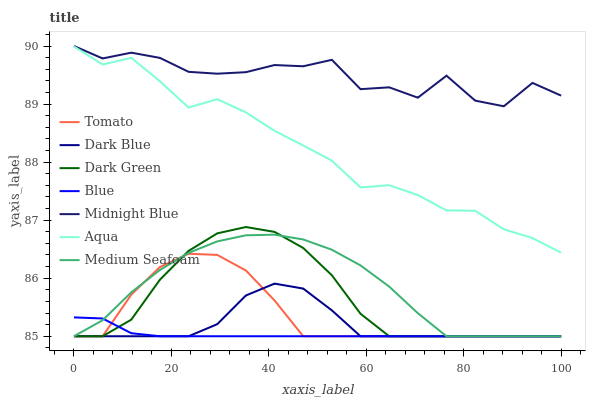
| xaxis_label | Tomato | Dark Blue | Dark Green | Blue | Midnight Blue | Aqua | Medium Seafoam |
 | --- | --- | --- | --- | --- | --- | --- | --- |
 | 0 | 85 | 85 | 85 | 85.3 | 90 | 90 | 85 |
 | 5.88 | 85 | 85 | 85 | 85.3 | 89.8 | 89.7 | 85.3 |
 | 11.8 | 85.7 | 85 | 85.3 | 85.1 | 89.9 | 89.8 | 85.8 |
 | 17.6 | 86.2 | 85 | 86 | 85 | 89.8 | 89.4 | 86.1 |
 | 23.5 | 86.4 | 85 | 86.5 | 85 | 89.6 | 88.9 | 86.4 |
 | 29.4 | 86.4 | 85.2 | 86.8 | 85 | 89.5 | 89.1 | 86.6 |
 | 35.3 | 86.1 | 85.7 | 86.9 | 85 | 89.5 | 88.9 | 86.7 |
 | 41.2 | 85.6 | 85.9 | 86.8 | 85 | 89.7 | 88.5 | 86.8 |
 | 47.1 | 85 | 85.8 | 86.5 | 85 | 89.7 | 88.3 | 86.7 |
 | 52.9 | 85 | 85.4 | 86.1 | 85 | 89.8 | 88 | 86.5 |
 | 58.8 | 85 | 85 | 85.4 | 85 | 89.3 | 87.6 | 86.2 |
 | 64.7 | 85 | 85 | 85 | 85 | 89.3 | 87.6 | 85.9 |
 | 70.6 | 85 | 85 | 85 | 85 | 89.1 | 87.4 | 85.4 |
 | 76.5 | 85 | 85 | 85 | 85 | 89.5 | 87.2 | 85 |
 | 82.4 | 85 | 85 | 85 | 85 | 89.1 | 87.2 | 85 |
 | 88.2 | 85 | 85 | 85 | 85 | 89 | 86.8 | 85 |
 | 94.1 | 85 | 85 | 85 | 85 | 89.4 | 86.7 | 85 |
 | 100 | 85 | 85 | 85 | 85 | 89.1 | 86.4 | 85 |